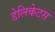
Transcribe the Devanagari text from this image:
डेलिकेटस